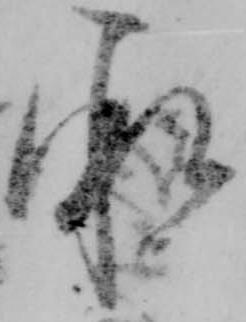
承